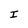
Character: I